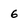
Character: 6